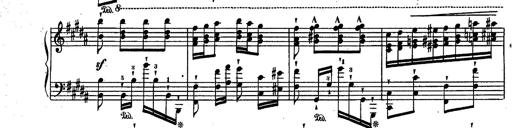
Title: RÃ©miniscences des Huguenots
Composer: Franz Liszt